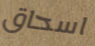
اسحاق